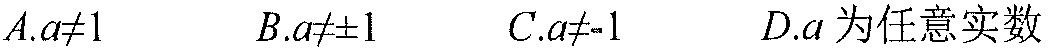
$A.a\neq1\ \ B.a\neq\pm1\ \ C.a\neq - 1\ \ D.a\text{为任意实数}$